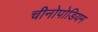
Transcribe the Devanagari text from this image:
चीनोपोडियम